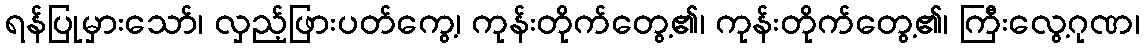
ရန်ပြုမှားသော်၊ လှည့်ဖြားပတ်ကွေ့၊ ကုန်းတိုက်တွေ့၏၊ ကုန်းတိုက်တွေ့၏၊ ကြီးလွေ့ဂုဏ၊